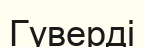
Гуверді